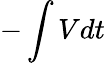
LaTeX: -\int Vdt